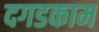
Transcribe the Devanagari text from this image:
दगडकाम